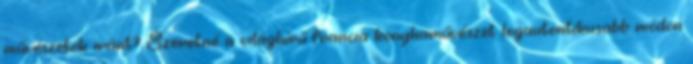
művészetek iránt? Szeretné a világhírű francia konyhaművészet legautentikusabb módon